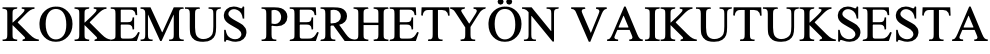
KOKEMUS PERHETYÖN  VAIKUTUKSESTA